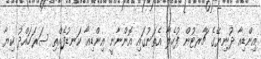
އިންޑިއާ ދުނިޔޭގެ ޗާރޓުން ފުހެލާ އެތަނުގައި އޮންނާނީ އިންޑިއާ ކަނޑުފެއްތި ސަރަހައްދު ކިޔާ